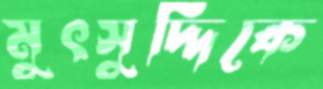
মুৎসুদ্দিকে